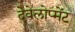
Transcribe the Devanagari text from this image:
देवेलोप्मेंट